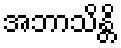
အဘာသိန္တိ